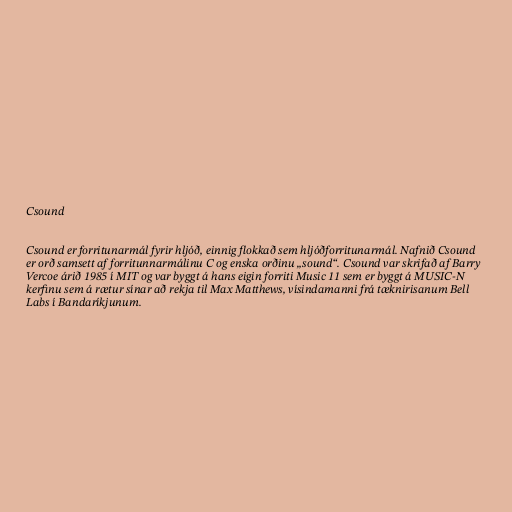
Csound

Csound er forritunarmál fyrir hljóð, einnig flokkað sem hljóðforritunarmál. Nafnið Csound
er orð samsett af forritunnarmálinu C og enska orðinu „sound“. Csound var skrifað af Barry
Vercoe árið 1985 í MIT og var byggt á hans eigin forriti Music 11 sem er byggt á MUSIC-N
kerfinu sem á rætur sínar að rekja til Max Matthews, vísindamanni frá tæknirisanum Bell
Labs í Bandaríkjunum.